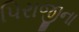
પિરાજીના